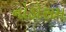
નોડોસમ